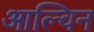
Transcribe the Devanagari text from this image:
आल्विन